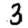
Digit: 3